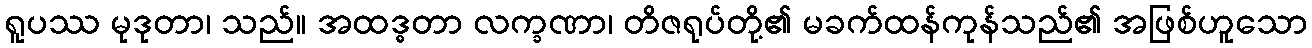
ရူပဿ မုဒုတာ၊ သည်။ အထဒ္ဓတာ လက္ခဏာ၊ တိဇရုပ်တို့၏ မခက်ထန်ကုန်သည်၏ အဖြစ်ဟူသော